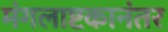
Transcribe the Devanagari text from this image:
मंगलाष्टकानंतर